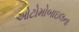
ઓટોમોબાઇલના